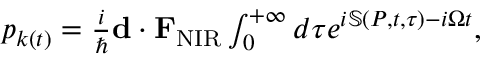
\begin{array} { r } { p _ { k ( t ) } = \frac { i } { \hbar } { \bf d } \cdot { \bf F } _ { \mathrm { N I R } } \int _ { 0 } ^ { + \infty } d \tau e ^ { i \mathbb { S } ( P , t , \tau ) - i \Omega t } , } \end{array}